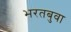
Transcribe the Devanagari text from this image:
भरतबुवा